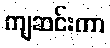
ကျဆင်းကာ